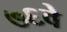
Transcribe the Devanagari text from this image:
७६वे